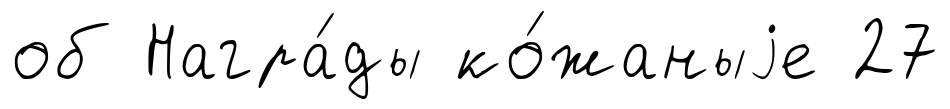
об Награ́ды ко́жаныjе 27